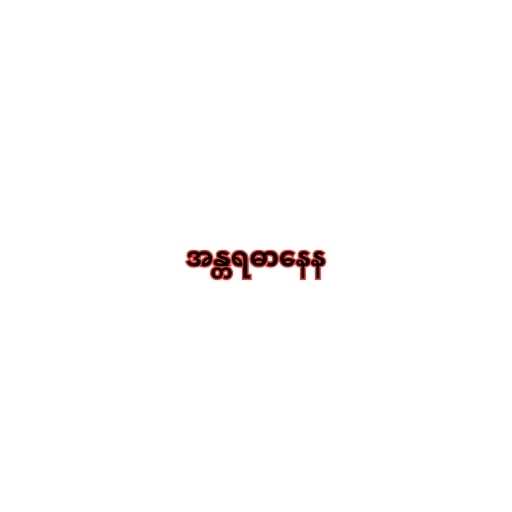
အန္တရဓာနေန